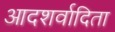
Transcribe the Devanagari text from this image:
आदशर्वादिता